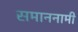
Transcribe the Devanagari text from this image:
समाननामी